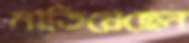
মাতিয়েছেন